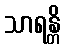
သာရန္တိ